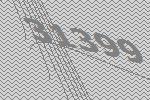
31399